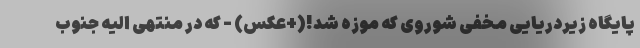
پایگاه زیردریایی مخفی شوروی که موزه شد!(+عکس) - که در منتهی الیه جنوب